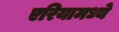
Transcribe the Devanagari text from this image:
एरियामध्ये